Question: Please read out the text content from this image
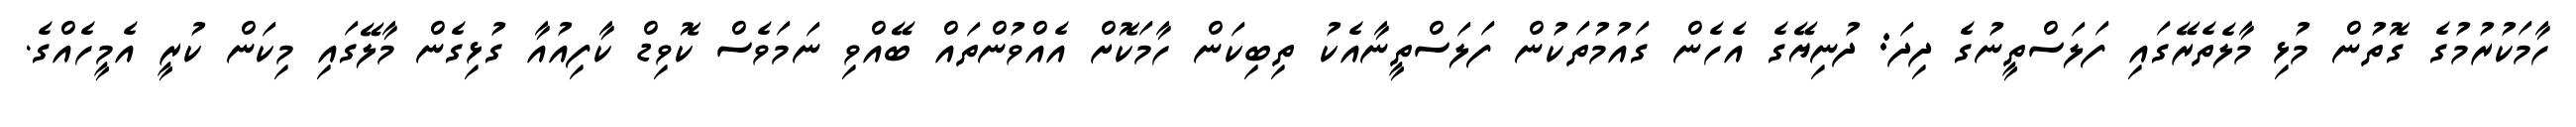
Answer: ހާމަކުރުމުގެ ގޮތުން މުޅި މާލެތެރޭގައި ފަލަސްތީނުގެ ދިދަ: ދުނިޔޭގެ އެހެން ގައުމުތަކުން ފަލަސްތީނާއެކު ތިބިކަން ހާމަކޮށް އެއްވުންތައް ބޭއްވި ނަމަވެސް ކޮވިޑް ކާފިއުއާ ގުޅިގެން މާލޭގައި މިކަން ކުރީ އެމީހެއްގެ.